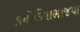
કનોડિયાભાજપા